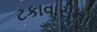
ટકાવારીનો